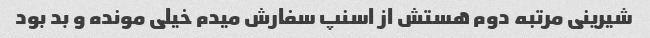
شیرینی مرتبه دوم هستش از اسنپ سفارش میدم خیلی مونده و بد بود